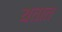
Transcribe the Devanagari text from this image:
यतात